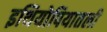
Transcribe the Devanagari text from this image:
इथियोपियातली